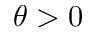
\theta > 0